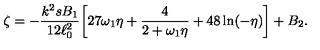
\zeta = - \frac { k ^ { 2 } s B _ { 1 } } { 1 2 \ell _ { 0 } ^ { 2 } } \biggl [ 2 7 \omega _ { 1 } \eta + \frac { 4 } { 2 + \omega _ { 1 } \eta } + 4 8 \ln ( - \eta ) \biggr ] + B _ { 2 } .